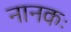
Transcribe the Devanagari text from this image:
नानकः